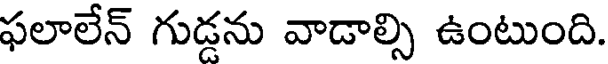
ఫలాలేన్ గుడ్డను వాడాల్సి ఉంటుంది.